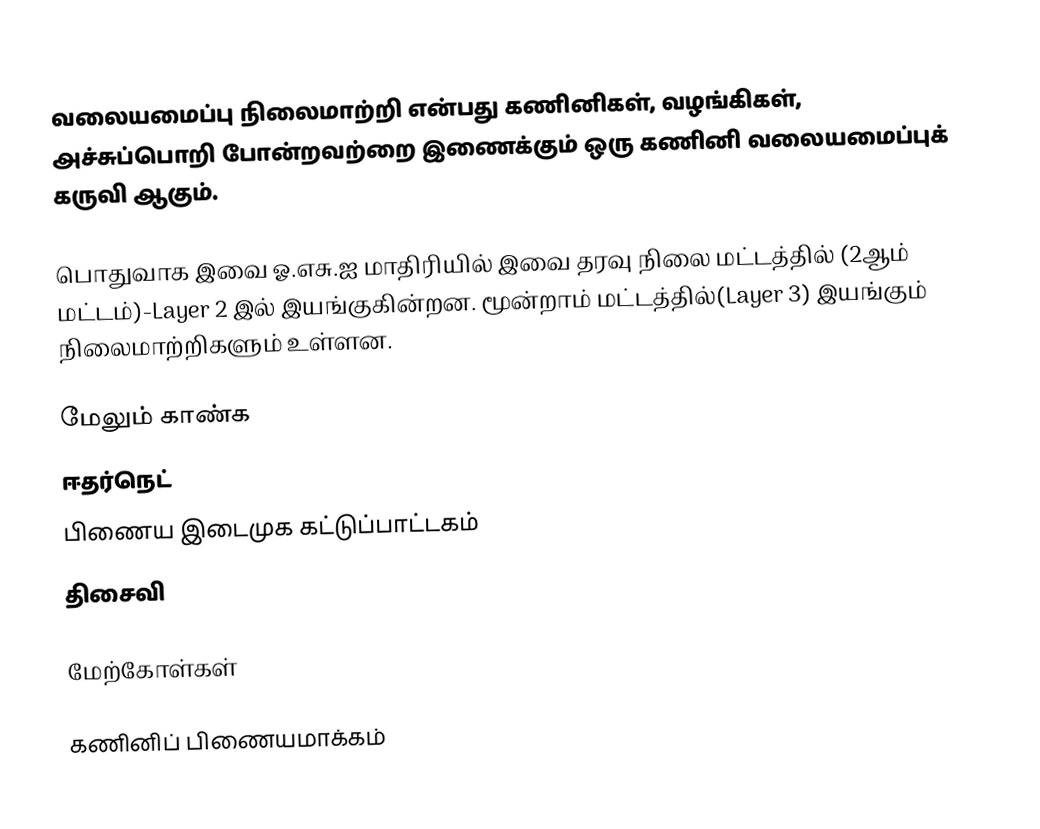
வலையமைப்பு நிலைமாற்றி என்பது கணினிகள், வழங்கிகள், அச்சுப்பொறி போன்றவற்றை இணைக்கும் ஒரு கணினி வலையமைப்புக் கருவி ஆகும்.

பொதுவாக இவை ஓ.எசு.ஐ மாதிரியில் இவை தரவு நிலை மட்டத்தில் (2ஆம் மட்டம்)-Layer 2 இல் இயங்குகின்றன. மூன்றாம் மட்டத்தில்(Layer 3) இயங்கும் நிலைமாற்றிகளும் உள்ளன.

மேலும் காண்க
ஈதர்நெட்
பிணைய இடைமுக கட்டுப்பாட்டகம்
திசைவி

மேற்கோள்கள்

கணினிப் பிணையமாக்கம்